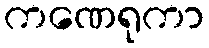
ကဏေရုကာ